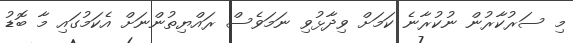
މި ސަރުކާރުން ނުކުރާނެ ކަމަށް ވިދާޅުވި ނަމަވެސް ރައްޔިތުންނަށް އެކަމުގައި މާ ބޮޑު